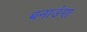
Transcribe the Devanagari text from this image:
बनाउंगा